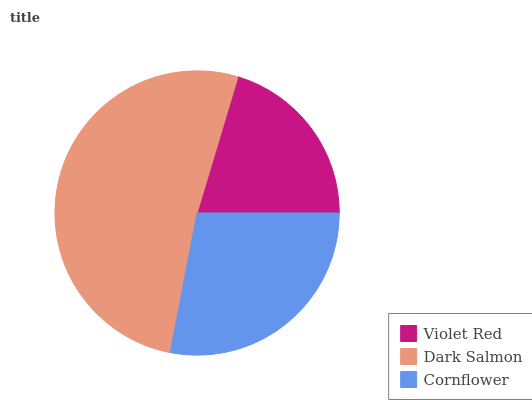
| Violet Red | Dark Salmon | Cornflower |
 | --- | --- | --- |
 | 20.4% | 51.6% | 28% |